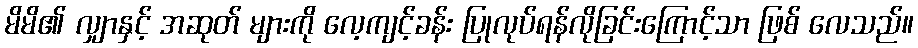
မိမိ၏ လျှာနှင့် အဆုတ် များကို လေ့ကျင့်ခန်း ပြုလုပ်ရန်လိုခြင်းကြောင့်သာ ဖြစ် လေသည်။